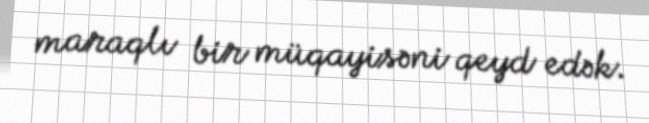
maraqlı bir müqayisəni qeyd edək.